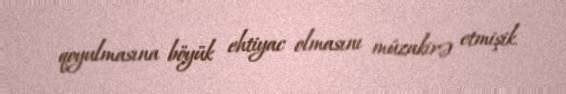
qoyulmasına böyük ehtiyac olmasını müzakirə etmişik.